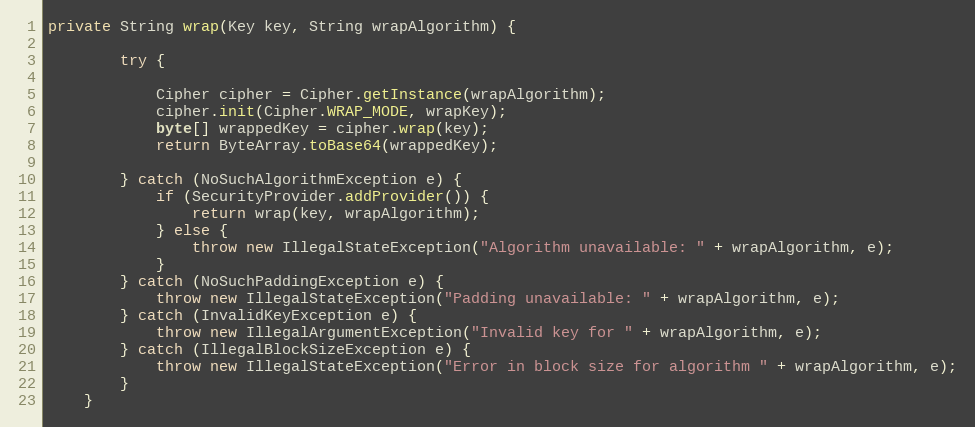
Language: Java
private String wrap(Key key, String wrapAlgorithm) {

        try {

            Cipher cipher = Cipher.getInstance(wrapAlgorithm);
            cipher.init(Cipher.WRAP_MODE, wrapKey);
            byte[] wrappedKey = cipher.wrap(key);
            return ByteArray.toBase64(wrappedKey);

        } catch (NoSuchAlgorithmException e) {
            if (SecurityProvider.addProvider()) {
                return wrap(key, wrapAlgorithm);
            } else {
                throw new IllegalStateException("Algorithm unavailable: " + wrapAlgorithm, e);
            }
        } catch (NoSuchPaddingException e) {
            throw new IllegalStateException("Padding unavailable: " + wrapAlgorithm, e);
        } catch (InvalidKeyException e) {
            throw new IllegalArgumentException("Invalid key for " + wrapAlgorithm, e);
        } catch (IllegalBlockSizeException e) {
            throw new IllegalStateException("Error in block size for algorithm " + wrapAlgorithm, e);
        }
    }